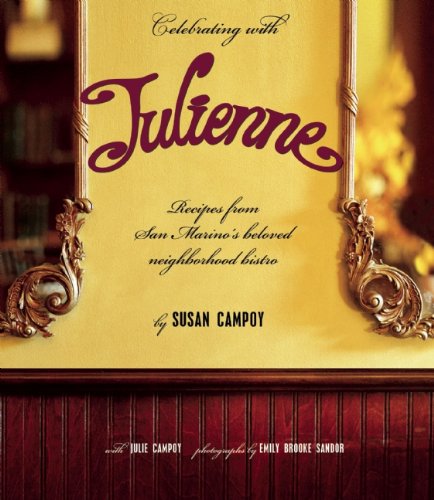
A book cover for Celebrating with Julienne; Susan Campoy; Cookbooks, Food & Wine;